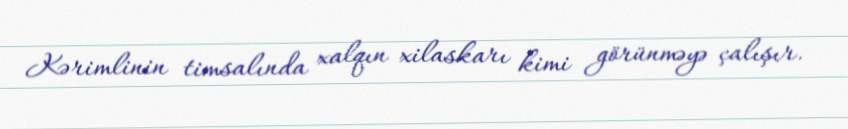
Kərimlinin timsalında xalqın xilaskarı kimi görünməyə çalışır.